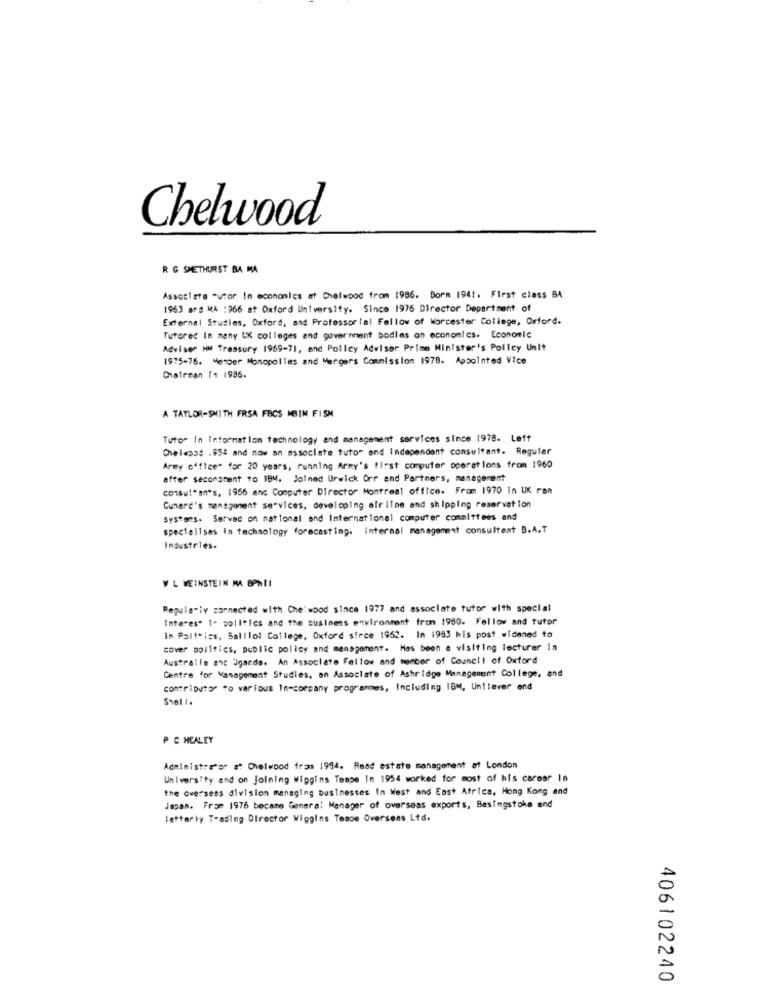
Chelwood
R G SMETHURST BA MA
Associate "utor In economics at Chelwood from 1986. Born 1941. First class BA
1963 ars MA :966 at Oxford University. Since 1976 Director Department of
External Studies, Oxford, and Professor Tal Fellow of Worcester College, Oxford.
Tutored In many LX colleges and government bodies on economics. Economic
Adviser HM Treasury 1969-71, and Policy Advisor Prime Minister's Policy Unit
1995-76. Vember Monopolles and Mergers Commission 1978. Appointed Vice
Chairsan I: 1996.
A TAYLOR-SMITH FRSA FBCS MBIN FISM
Tutor In information technology and management services since 1978. Left
Chelepas .954 and now an associate tuto" and independent consultant. Regular
Arey office" for 20 years, running Army's first computer operations from 1960
affer secomoment to IBM. Joined Urwick Orr and Partners, management
consul*an's, 1956 and Computer Director Montreal office. From 1970 In UK ran
Cumarc's management services, developing airline and shipping reservation
Systems. Served on national and International computer comalttees and
specialises In technology forecasting. internal management consultant B.A.T
Industries.
W L WEINSTEIN MA BPMLI
Regula"iv connected with Che:wood since 1977 and associate tutor with special
Interes* 1- politics and the susiness environment from 1990. Follow and tutor
in Parteics, Salllol College, Oxford sirce 1962. In 1983 bis post widened to
cover politics, public policy and management. Has been a visiting lecturer In
Australle anc Uganda. An Associate Fellow and member of Council of Oxford
Centre for Management Studies, an Associate of Ashridge Management College, and
contributor to various In-company programmes, Including IBM, Unilever and
Shel 1.
PC HEALEY
Administrator at Chelwood from 1994. Raad estate management at London
University and on Joining Wiggins Tempe In 1954 worked for most of his career In
the overseas dlvision managing businesses In West and East Africa, Hong Kong and
Japan. From 1976 became General Manager of overseas exports, Basingstoke and
letterly Trading Director Wiggins Tempe Overseas Ltd.
406102240